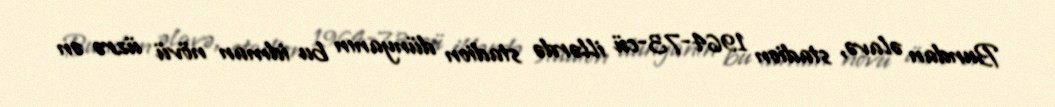
Bundan əlavə, stadion 1964-73-cü illərdə stadion dünyanın bu idman növü üzrə ən